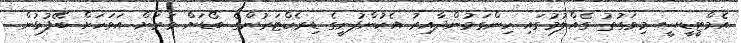
އެމްޓީޑީސީ މިވަގުތު ގެއްލުމުގައި ހިންގަމުންދާއިރު އެކުންފުނީގެ ޑިރެކްޓަރުންގެ ބޯޑަށް ވަރަށް އަވަހަށް ބޭފުޅުން